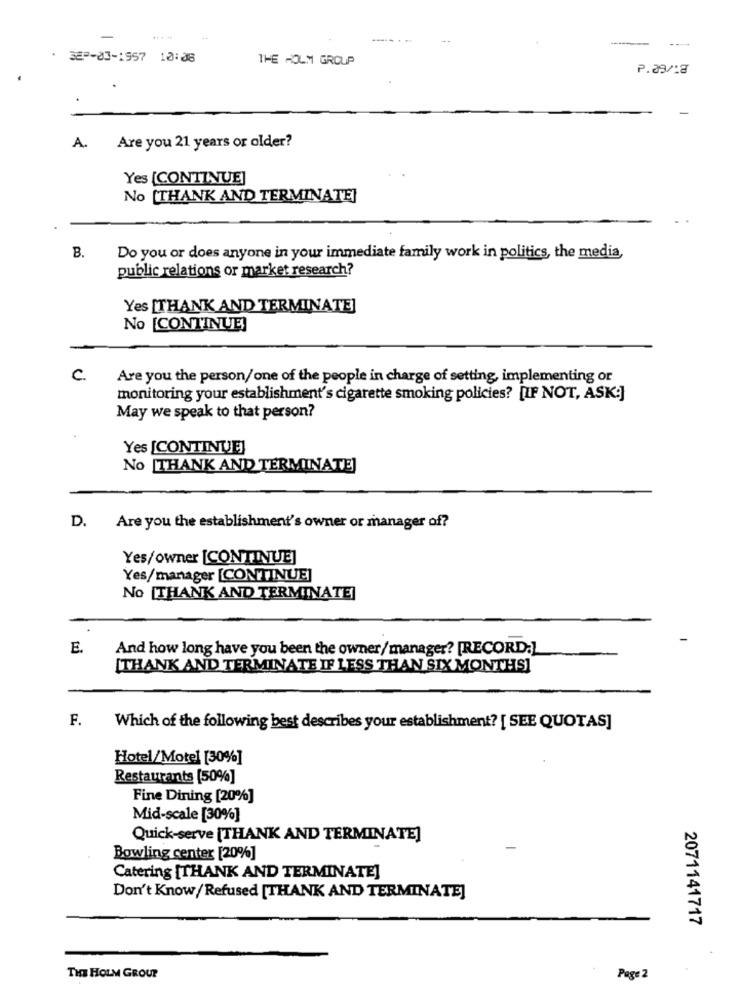
. 389-03-1957 10:08
THE HOLM GROUP
P.29/:a
A.
Are you 21 years or older?
Yes [CONTINUE]
No [THANK AND TERMINATE]
B.
Do you or does anyone in your immediate family work in politics, the media,
public relations or market research?
Yes [THANK AND TERMINATE]
No [CONTINUE)
c.
Are you the person/one of the people in charge of setting, implementing or
monitoring your establishment's cigarette smoking policies? [IF NOT, ASK:]
May we speak to that person?
Yes [CONTINUE]
No [THANK AND TERMINATE]
D.
Are you the establishment's owner or manager of?
Yes/owner [CONTINUE]
Yes/manager [CONTINUE]
No [THANK AND TERMINATE]
E.
And how long have you been the owner/manager? [RECORD.]
[THANK AND TERMINATE IF LESS THAN SIX MONTHS]
F.
Which of the following best describes your establishment? [ SEE QUOTAS]
Hotel/Motel [30%]
Restaurants [50%]
Fine Dining [20%]
Mid-scale [30%]
Quick-serve [THANK AND TERMINATE]
Bowling center [20%]
Catering [THANK AND TERMINATE]
Don't Know/ Refused [THANK AND TERMINATE]
2071141717
THE HOLM GROUP
Page 2